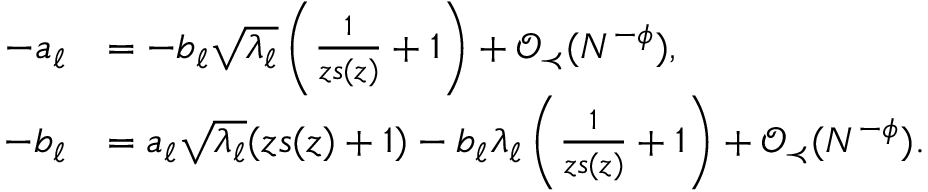
\begin{array} { r l } { - a _ { \ell } } & { = - b _ { \ell } \sqrt { \lambda _ { \ell } } \left( \frac { 1 } { z s ( z ) } + 1 \right) + { \mathcal O } _ { \prec } ( N ^ { - \phi } ) , } \\ { - b _ { \ell } } & { = a _ { \ell } \sqrt { \lambda _ { \ell } } ( z s ( z ) + 1 ) - b _ { \ell } \lambda _ { \ell } \left( \frac { 1 } { z s ( z ) } + 1 \right) + { \mathcal O } _ { \prec } ( N ^ { - \phi } ) . } \end{array}